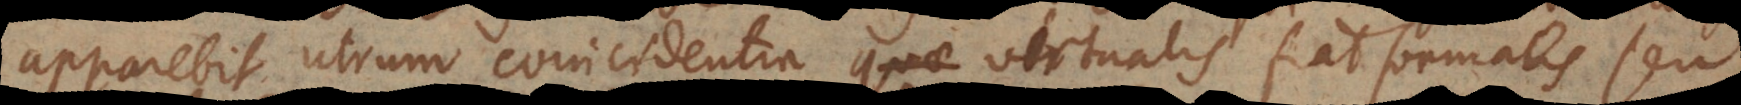
apparebit utrum coincidentia virtualis fiat formalis seu